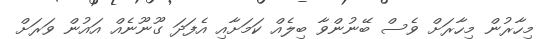
މިހާރުން މިހާރަށް ވެސް ބޭނުންވާ ބިލެއް ކަމަށާއި އެފަދަ ގޫނޫނެއް އައުން ވަރަށް